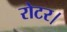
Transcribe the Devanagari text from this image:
रोटर।